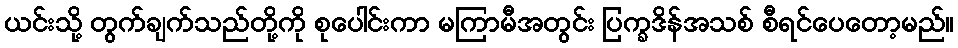
ယင်းသို့ တွက်ချက်သည်တို့ကို စုပေါင်းကာ မကြာမီအတွင်း ပြက္ခဒိန်အသစ် စီရင်ပေတော့မည်။